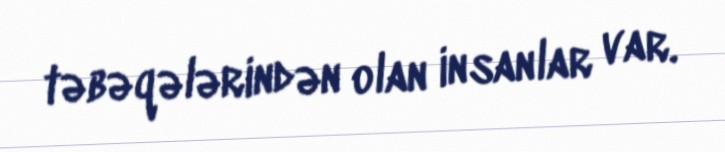
təbəqələrindən olan insanlar var.